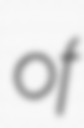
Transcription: of